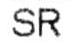
SR